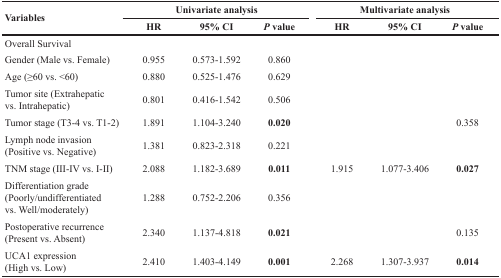
| <ROWSPAN=2> Variables | <COLSPAN=3> Univariate analysis | <COLSPAN=3> Multivariate analysis |
 | HR | 95% CI | P value | HR | 95% CI | P value |
 | --- | --- | --- | --- | --- | --- | --- |
 | Overall Survival |  |  |  |  |  |  |
 | Gender (Male vs. Female) | 0.955 | 0.573-1.592 | 0.860 |  |  |  |
 | Age (≥60 vs. <60) | 0.880 | 0.525-1.476 | 0.629 |  |  |  |
 | Tumor site (Extrahepatic vs. Intrahepatic) | 0.801 | 0.416-1.542 | 0.506 |  |  |  |
 | Tumor stage (T3-4 vs. T1-2) | 1.891 | 1.104-3.240 | 0.020 |  |  | 0.358 |
 | Lymph node invasion (Positive vs. Negative) | 1.381 | 0.823-2.318 | 0.221 |  |  |  |
 | TNM stage (III-IV vs. I-II) | 2.088 | 1.182-3.689 | 0.011 | 1.915 | 1.077-3.406 | 0.027 |
 | Differentiation grade (Poorly/undifferentiated vs. Well/moderately) | 1.288 | 0.752-2.206 | 0.356 |  |  |  |
 | Postoperative recurrence (Present vs. Absent) | 2.340 | 1.137-4.818 | 0.021 |  |  | 0.135 |
 | UCA1 expression (High vs. Low) | 2.410 | 1.403-4.149 | 0.001 | 2.268 | 1.307-3.937 | 0.014 |